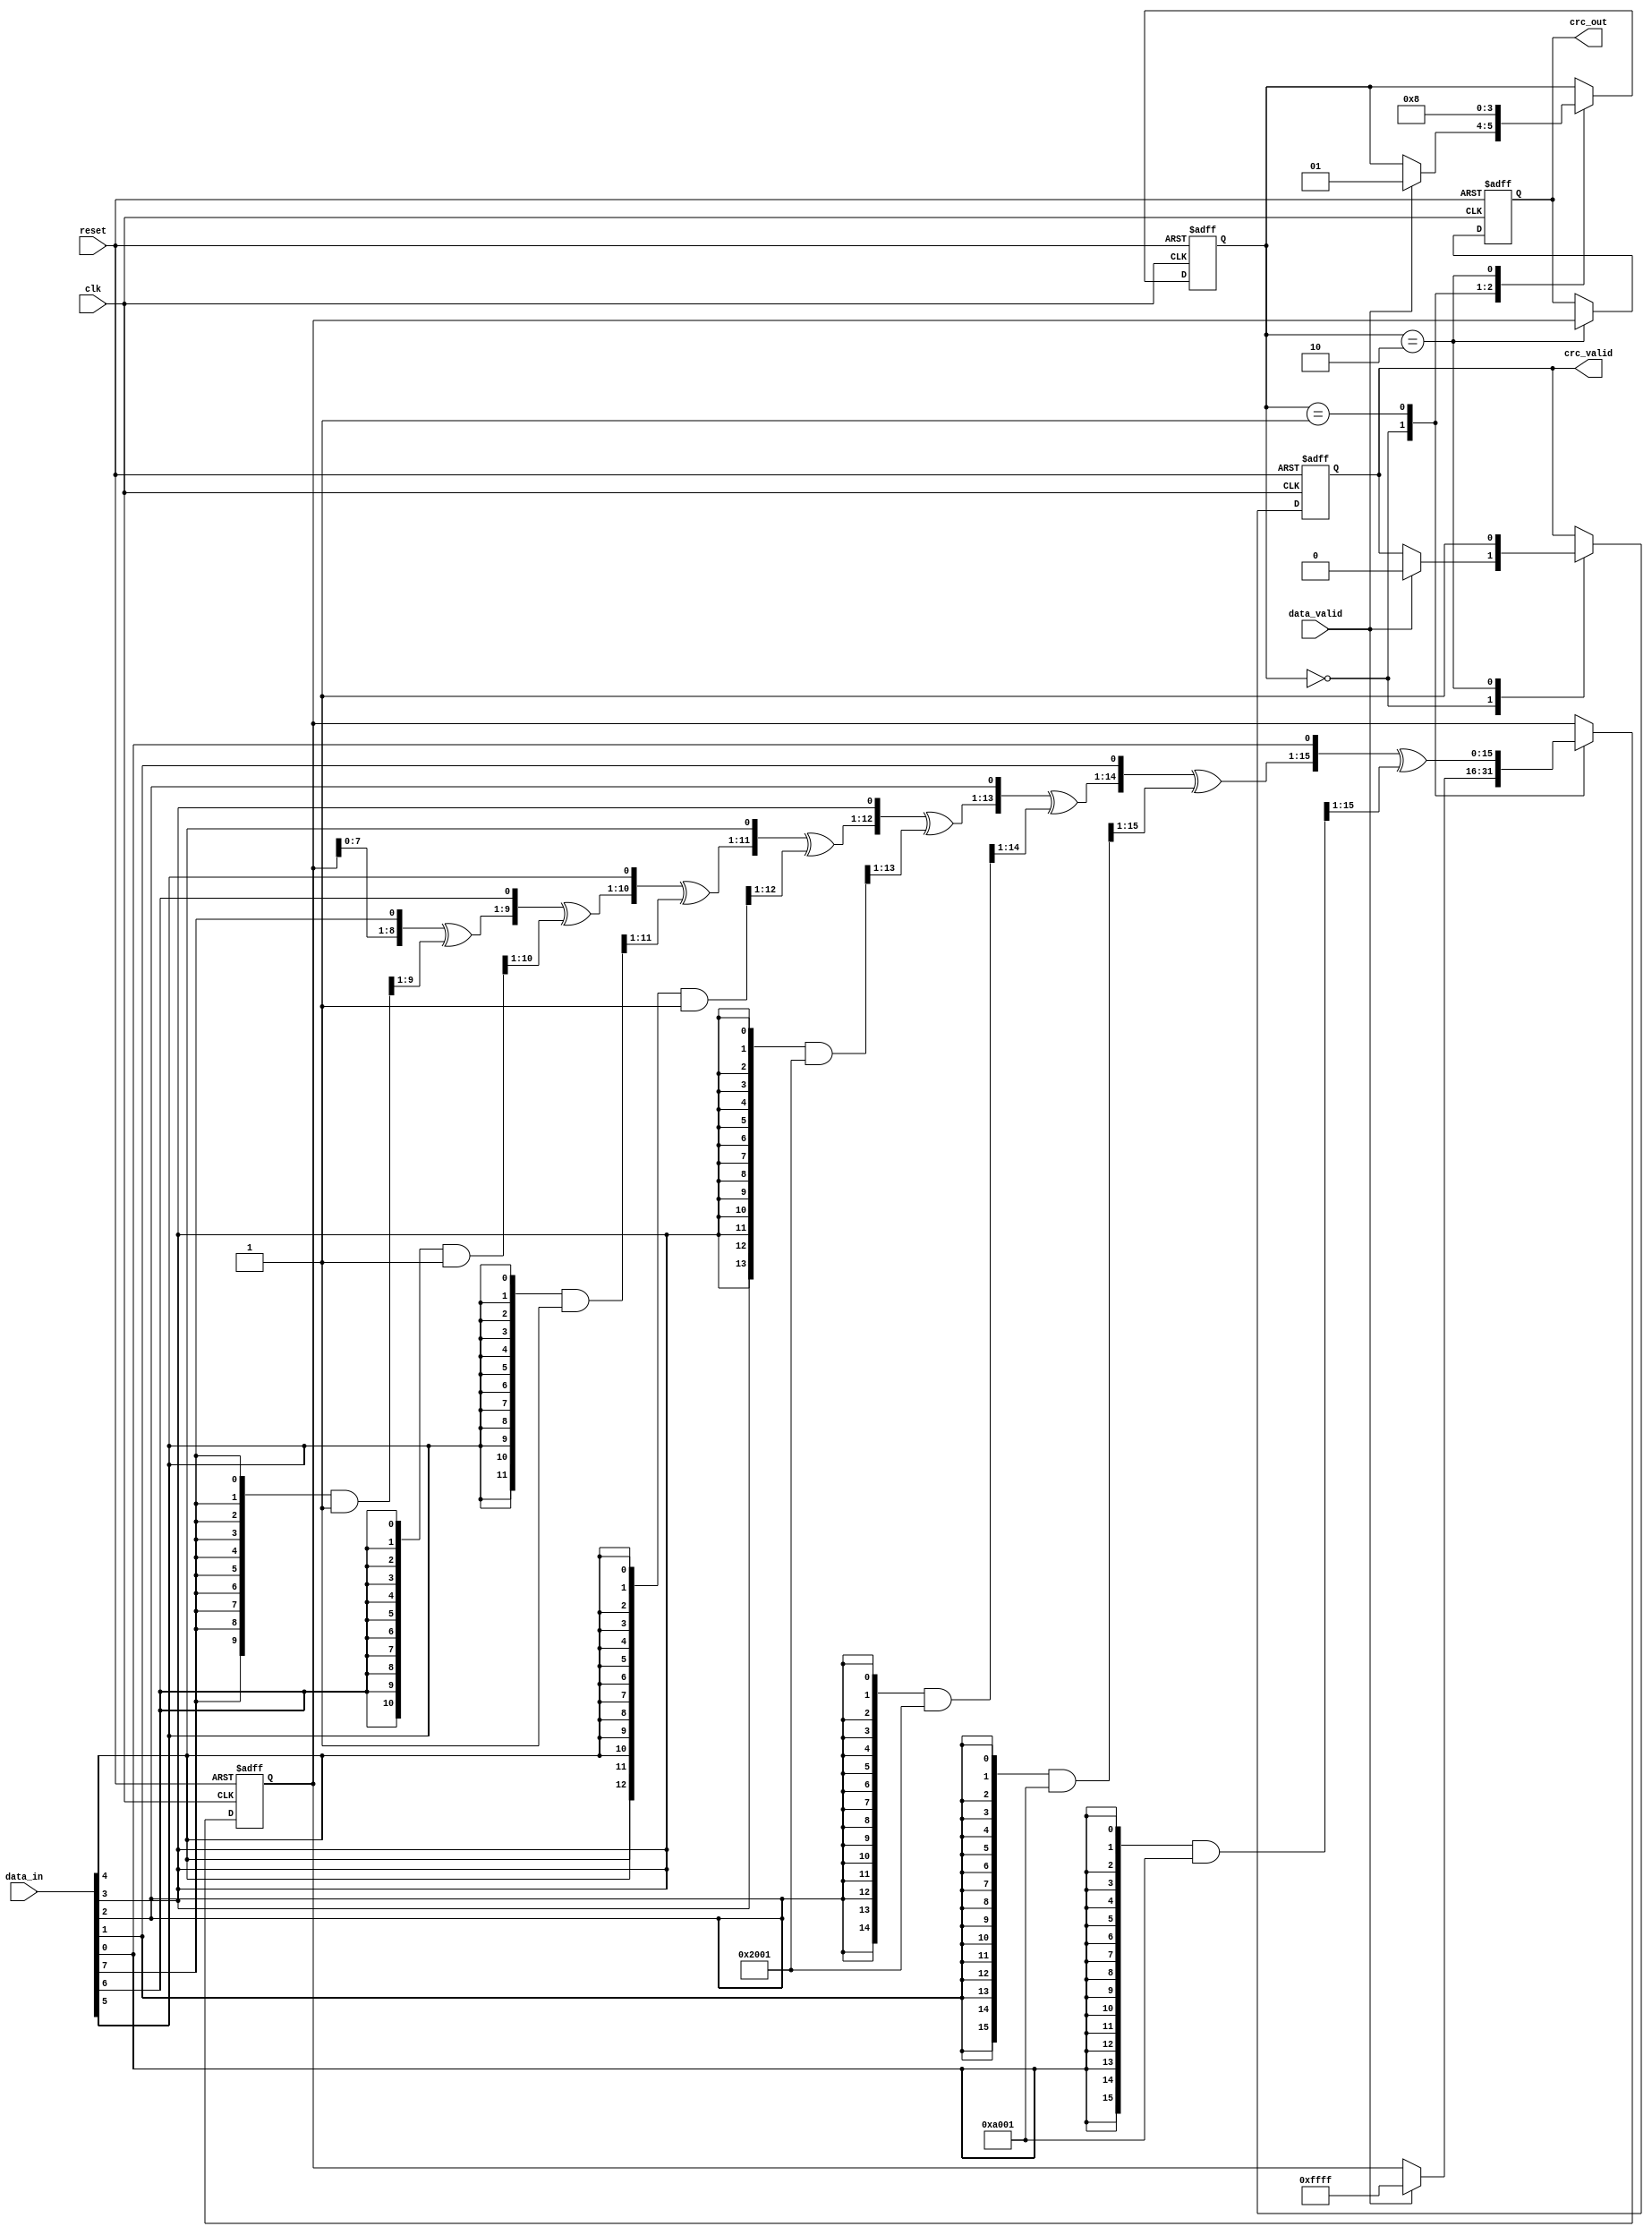
module parameterized_crc #(
    parameter CRC_WIDTH = 16,              // Width of the CRC
    parameter POLYNOMIAL = 16'hA001,       // CRC polynomial (example: CRC-16)
    parameter INIT_VALUE = 16'hFFFF,        // Initial value of the CRC
    parameter INPUT_WIDTH = 8               // Width of the input data
)(
    input wire [INPUT_WIDTH-1:0] data_in,  // Input data
    input wire data_valid,                   // Valid data signal
    input wire reset,                        // Asynchronous reset
    input wire clk,                          // Clock signal
    output reg [CRC_WIDTH-1:0] crc_out,     // Output CRC value
    output reg crc_valid                     // Valid CRC output signal
);

    reg [CRC_WIDTH-1:0] crc_reg;            // CRC register
    reg [1:0] state;                        // State variable
    localparam IDLE = 2'b00,                // Idle state
               COMPUTE = 2'b01,             // Compute state
               OUTPUT = 2'b10;               // Output state

    // CRC computation logic
    integer i;

    always @(posedge clk or posedge reset) begin
        if (reset) begin
            crc_reg <= INIT_VALUE;           // Reset CRC register
            crc_out <= INIT_VALUE;           // Reset output CRC
            crc_valid <= 1'b0;                // Reset valid signal
            state <= IDLE;                   // Go to IDLE state
        end else begin
            case (state)
                IDLE: begin
                    if (data_valid) begin
                        crc_reg <= INIT_VALUE; // Initialize CRC register
                        crc_valid <= 1'b0;     // Clear valid signal
                        state <= COMPUTE;      // Move to COMPUTE state
                    end
                end
                COMPUTE: begin
                    // Process each bit of the input data
                    for (i = 0; i < INPUT_WIDTH; i = i + 1) begin
                        crc_reg = {crc_reg[CRC_WIDTH-2:0], data_in[INPUT_WIDTH-1-i]} ^ 
                                  (({CRC_WIDTH{data_in[INPUT_WIDTH-1-i]}} & POLYNOMIAL) >> 1);
                    end
                    state <= OUTPUT;              // Move to OUTPUT state
                end
                OUTPUT: begin
                    crc_out <= crc_reg;          // Set output CRC
                    crc_valid <= 1'b1;           // Set valid signal
                    state <= IDLE;               // Go back to IDLE state
                end
            endcase
        end
    end

endmodule